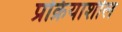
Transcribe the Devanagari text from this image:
प्रक्रियाशील